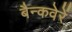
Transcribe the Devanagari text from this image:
बैन्कवेरें